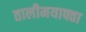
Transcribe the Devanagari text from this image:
तालीमयाफ्ता